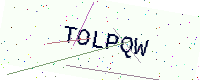
Text: TOLPQW